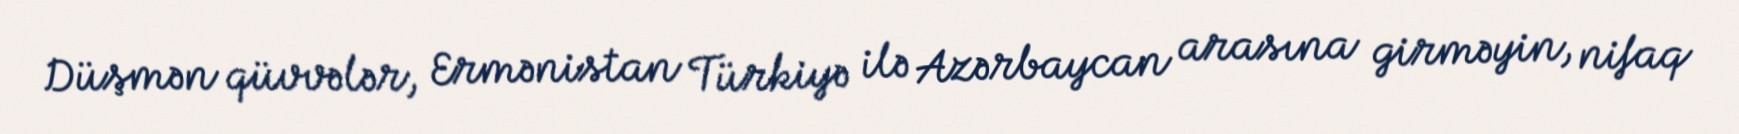
Düşmən qüvvələr, Ermənistan Türkiyə ilə Azərbaycan arasına girməyin, nifaq